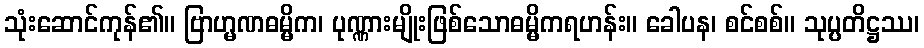
သုံးဆောင်ကုန်၏။ ဗြာဟ္မဏဓမ္မိက၊ ပုဏ္ဏားမျိုးဖြစ်သောဓမ္မိကရဟန်း။ ခေါပန၊ စင်စစ်။ သုပ္ပတိဋ္ဌဿ၊